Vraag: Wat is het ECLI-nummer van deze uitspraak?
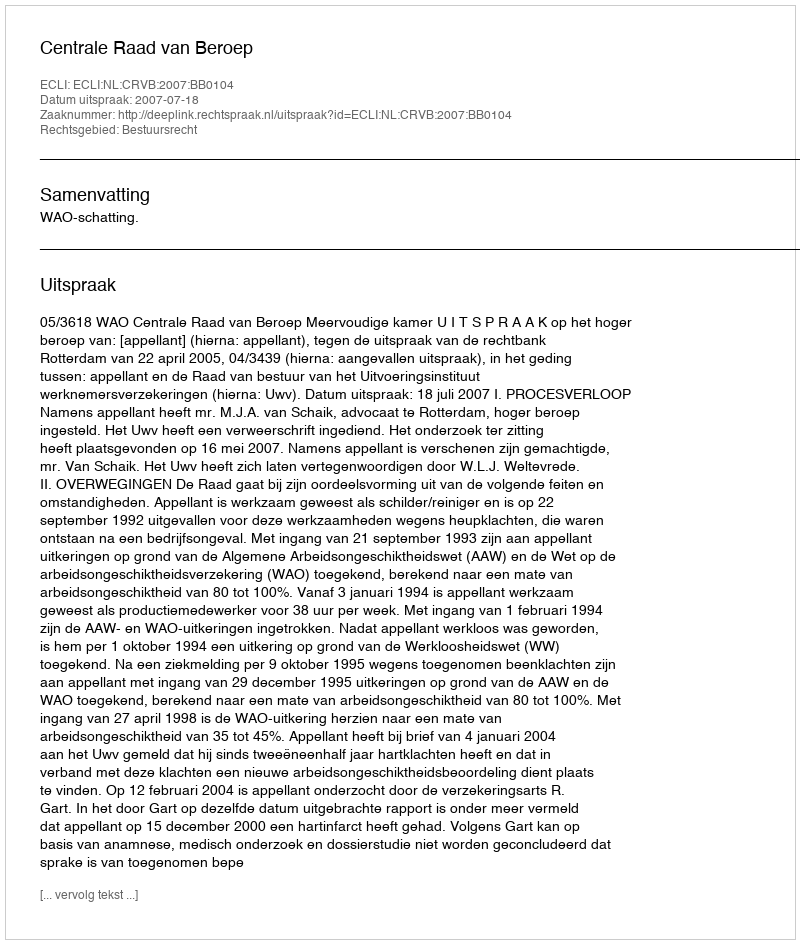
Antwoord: ECLI:NL:CRVB:2007:BB0104